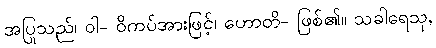
အပြုသည်၊ ဝါ- ဝိကပ်အားဖြင့်၊ ဟောတိ- ဖြစ်၏။ သခါရေသု,